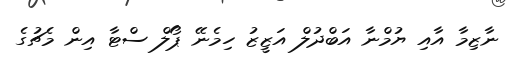
ނާޒިމާ އާއި ޔުމްނާ އަބްދުލް އަޒީޒު ހިމެނޭ ޕޯލް ސްޓާ އިން މެޗުގެ